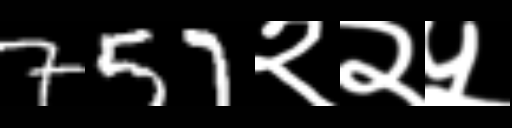
Text: 757२२५